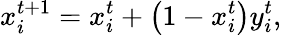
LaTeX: x_{i}^{t+1}=x_{i}^{t}+\left(1-x_{i}^{t}\right)y_{i}^{t},